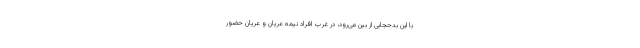
با این بدحجابی از بین می‌رود، در غرب افراد نیمه عریان و عریان حضور